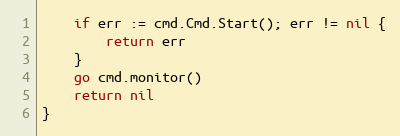
Language: Go
	if err := cmd.Cmd.Start(); err != nil {
		return err
	}
	go cmd.monitor()
	return nil
}